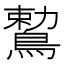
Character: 𪃠